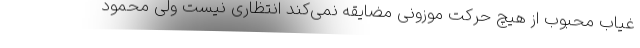
غیاب محبوب از هیچ حرکت موزونی مضایقه نمی‌کند انتظاری نیست ولی محمود